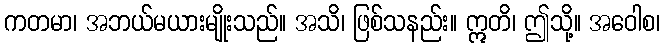
ကတမာ၊ အဘယ်မယားမျိုးသည်။ အသိ၊ ဖြစ်သနည်း။ ဣတိ၊ ဤသို့။ အဝေါစ၊